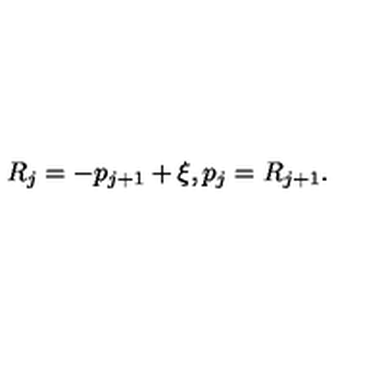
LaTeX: R _ { j } = - p _ { j + 1 } + \xi , p _ { j } = R _ { j + 1 } .